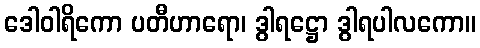
ဒေါဝါရိကော ပတီဟာရော၊ ဒွါရဋ္ဌော ဒွါရပါလကော။